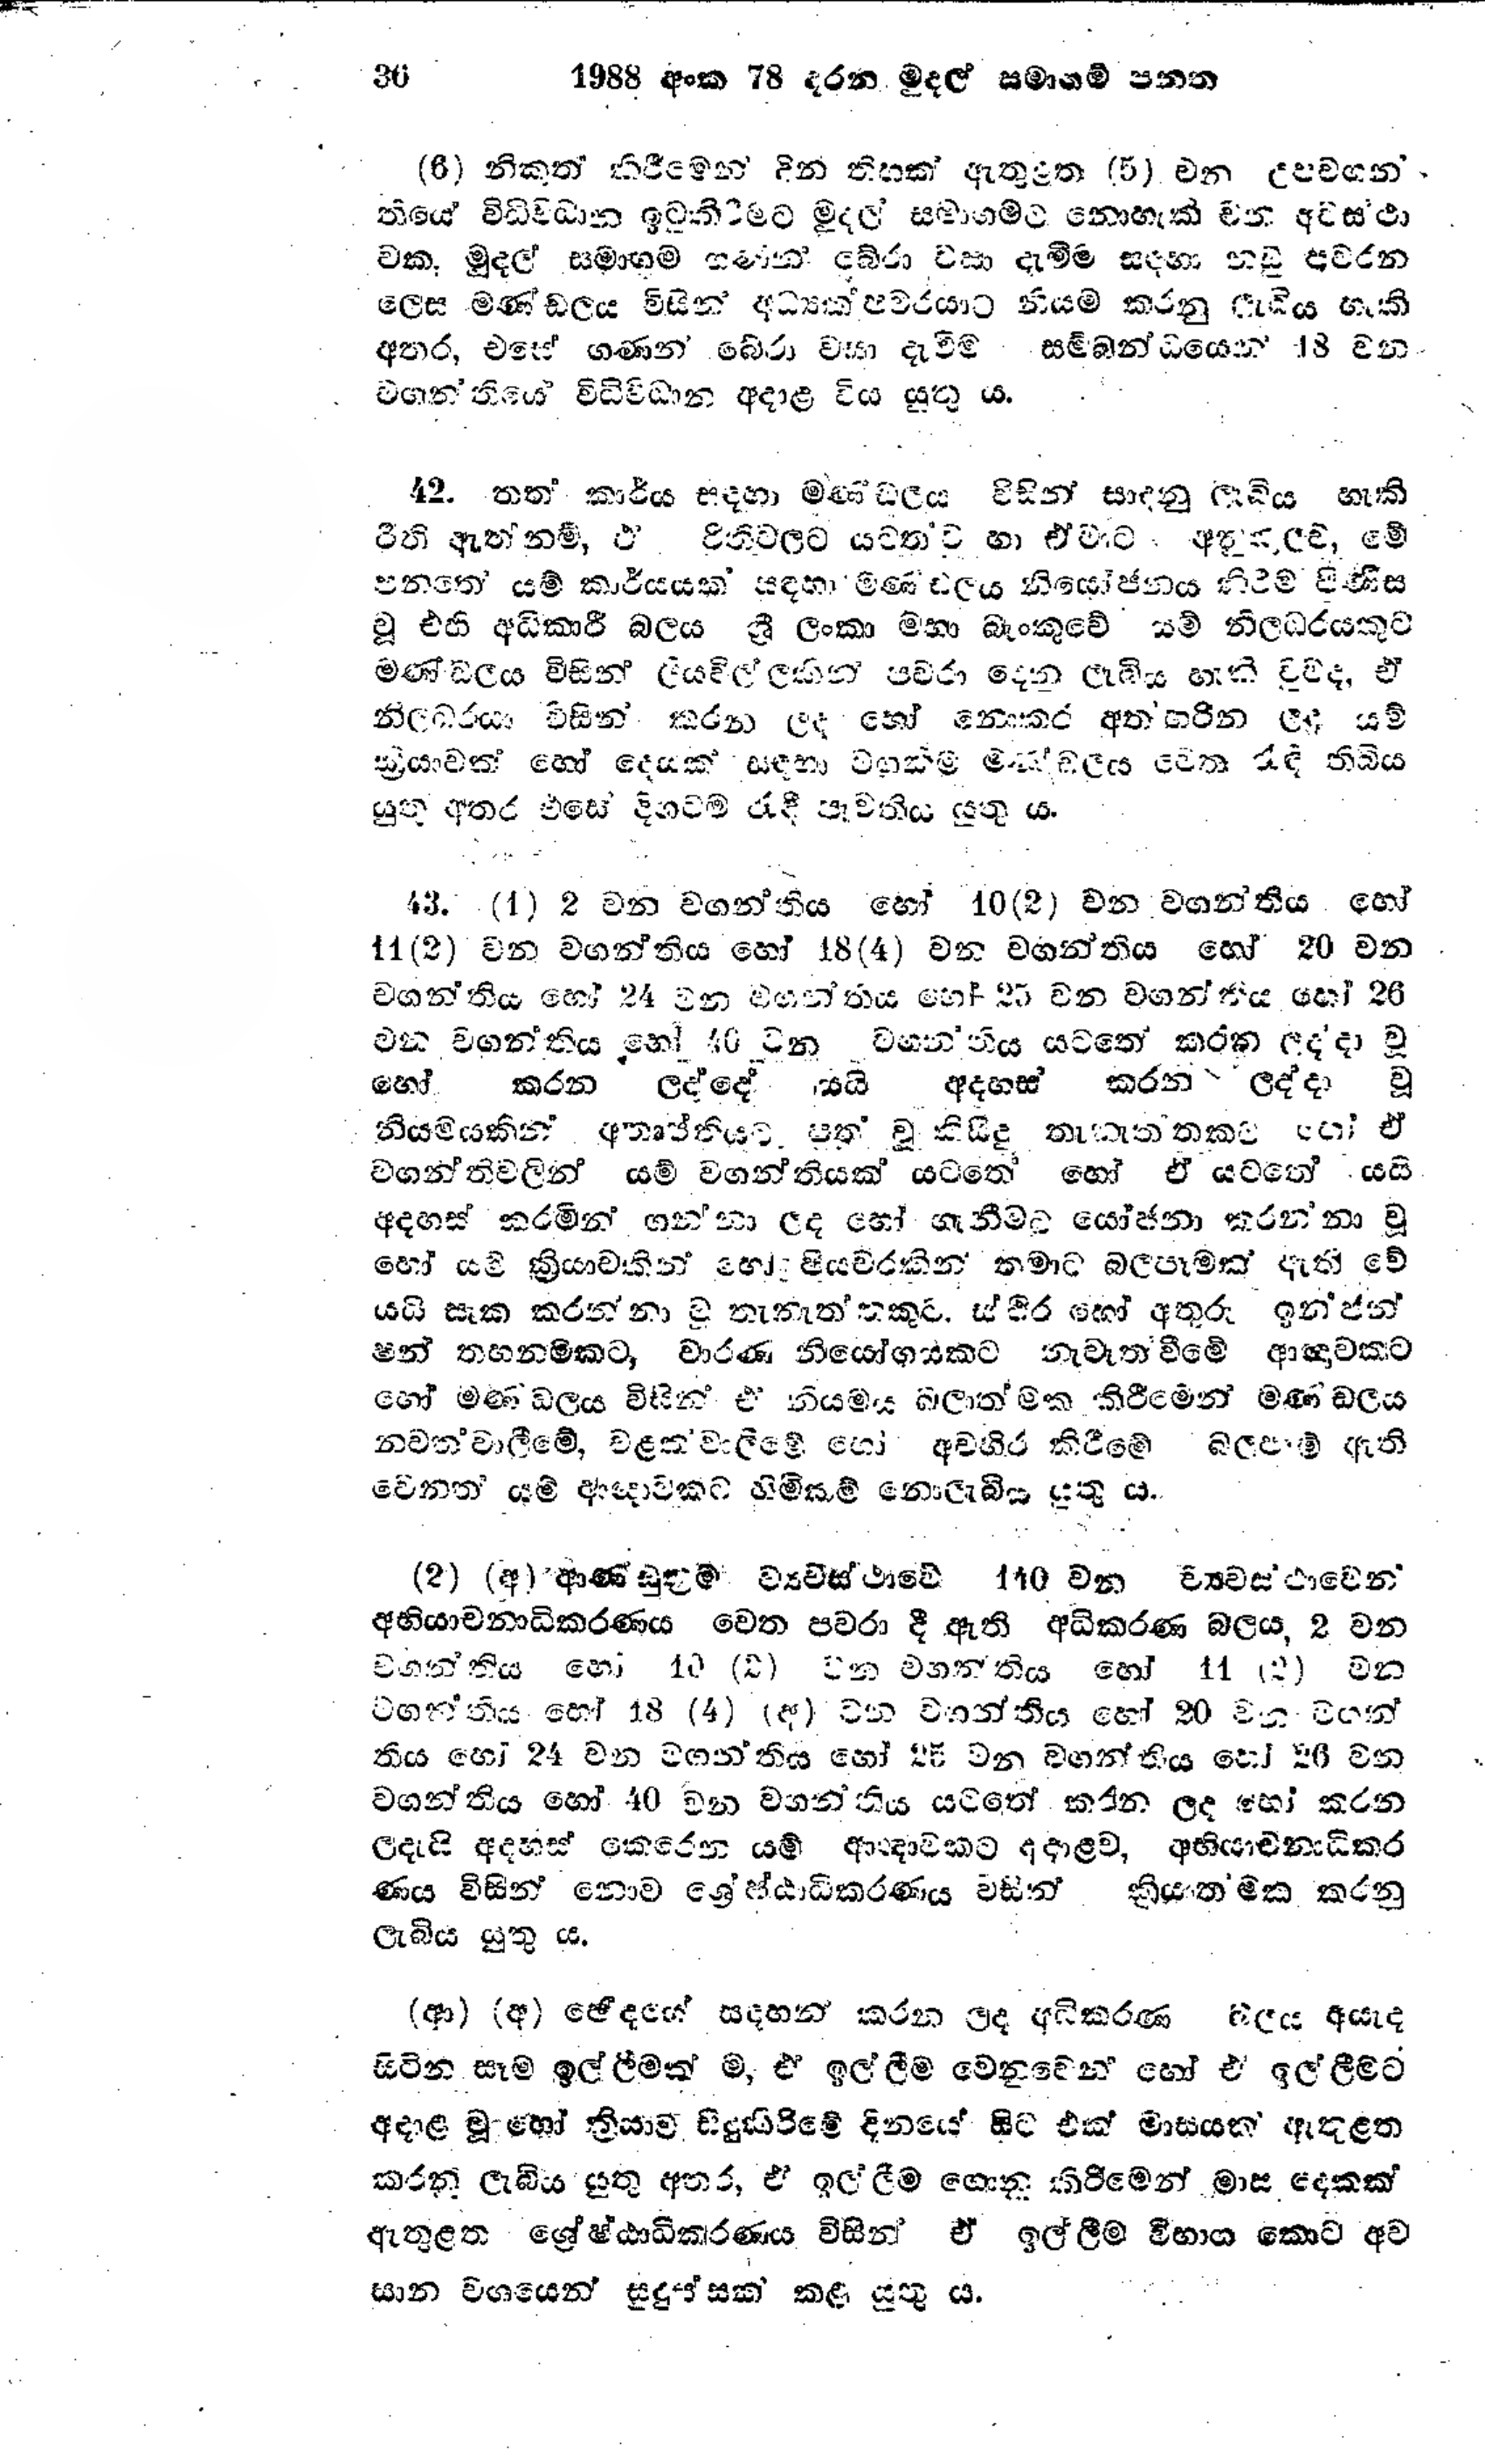
36 1988 අංක 78 දරන මුදල් සමාගම් පනත

(6) නිකුත් කිරීමෙන් දින තිහක් ඇතුළත (5) වන උපවගන්
තියේ විධිවිධාන ඉටුකිරීමට මුදල් සමාගමට නොහැකි වන අවසථා
වක මුදල් සමාගම ගණන බේරා වසා දැමීම සදහා නඩු පවරන
ලෙස මණ්ඩලය විසින් අධ්‍යක් පවරයාට නියම කරනු දැකිය හැකි
අතර, එසේ ගණන් බේරා වසා දැමීම සම්බන්ධයෙන් 18 වන
වගන්තියේ විධිවිධාන අදාළ විය යුතු ය.

42. තත් කාර්ය සඳහා මණඩලය විසින් සාදනු ලැබිය හැකි
රීති ඇත්නම්, ඒ රිතිවලට යටත් ව හා ඒවාට අනුකූලව, මේ
පනතේ යම් කාර්යයක් සඳහා මණ්ඩලය නියෝජනය කිරීම පිණිස
වූ එහි අධිකාරී බලය ශ්‍රී ලංකා මහා බැංකුවේ යම් නිලධරයකුට
මණ්ඩලය විසින් ලියවිල්ලකින් පවරා දෙන ලැබිය හැකි වුවද, ඒ
නිලබරයා විසින් කරන ලද හෝ නොකර අත්හරින ලද යම්
ක්‍රියාවක් හෝ දෙයක් සඳහා වගකීම මණ්ඩලය වෙත රැඳී තිබිය
යුතු අතර එසේ දිගටම රැඳී පැවතිය යුතු ය.

43. (1) 2 වන වගන්තිය හෝ 10 (2) වන වගන්තිය හෝ
11 (2) වන වගන්තිය හෝ 18 (4) වන වගන්තිය හෝ 20 වන
වගන්තිය හෝ 24 වන වගන්තිය හෝ 25 වන වගන්තිය හෝ 26
වන වගන්තිය හෝ 40 වන වගන්තිය යටතේ කරන ලද්දා වූ
හෝ කරන ලද්දේ යයි අදහස් කරන ලද්දා වූ
නියමයකින් අතෘප්තියට පත්‍ වූ කිසිදු තැනැත්‍තකට හෝ ඒ
වගන්තිවලින් යම් වගන්තියක් යටතේ හෝ ඒ යටතේ යයි
අදහස් කරමින් ගන්නා ලද හෝ ගැනීමට යෝජනා කරන්නා වූ
හෝ යම් ක්‍රියාවකින් හෝ පියවරකින් තමාට බලපෑමක් ඇති වේ
යයි සැක කරන්නා වූ තැනැත්තකුට ස්ථිර හෝ අතුරු ඉන්ජන්
ෂන් තහනමකට, වාරණ නියෝගයකට නැවැත වීමේ ආඥාවකට
හෝ මණඩලය විසින් ඒ නියමය බලාත්මක කිරීමෙන් මණ්ඩලය
නවත් වාලීමේ, වළක්වාලීමේ හෝ අවහිර කිරීමේ බලපෑම් ඇති
වෙනත් යම් ආඥාවකට හිමිකම් නොලැබිය යුතු ය.

(2) (අ) ආණ්ඩුක්‍රම් ව්‍යවස්ථාවේ 110 වන ව්‍යවස්ථාවෙන්
අභියාචනාධිකරණය වෙත පවරා දී ඇති අධිකරණ බලය, 2 වන
වගන්තිය හො 10 (2) වන වගන්තිය හෝ 11 (2) වන
වගන්තිය හෝ 18 (4) (අ) වන වගන්තිය හෝ 20 වන විගන්
තිය හෝ 24 වන වගන්තිය හෝ 27 වන වගන්තිය හෝ 26 වන
වගන්තිය හෝ 40 වන වගන්තිය යටතේ කරන ලද හෝ කරන
ලදැයි අදහස් කෙරෙන යම් ආඥාවකට අදාළව, අභියාචනාධිකර
ණය විසින් නොව ශ්‍රේෂ්ඨාධිකරණය විසින් ක්‍රියාතමක කරනු
ලැබිය යුතු ය.

(ආ) (අ) ඡේදයේ සදහන් කරන ලද අධිකරණ බලය අයැද
සිටින සෑම ඉල්ලීමක් ම, ඒ ඉල්ලීම වෙනුවෙන් හෝ ඒ ඉල්ලීමට
අදාළ වූ හෝ ක්‍රියාව සිදුකිරීමේ දිනයේ සිට එක් මාසයක් ඇතුළත
කරනු ලැබිය යුතු අතර, ඒ ඉල්ලීම ගොනු කිරිමෙන් මාස දෙකක්
ඇතුළත ශ්‍රේෂ්ඨාධිකරණය විසින් ඒ ඉල්ලීම විභාග කොට අව
සාන වශයෙන් සුදුස්සක් කළ යුතු ය.